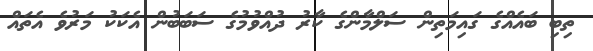
ތިބި ބައެއްގެ ގައިމަތިން ސަލްމާންގެ ކާރު ދުއްވުމުގެ ސަބަބުން އެކަކު މަރުވެ އެތައް